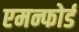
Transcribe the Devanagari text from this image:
एमन्फोर्ड